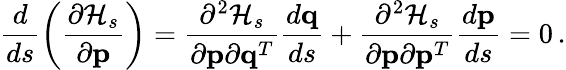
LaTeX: \frac{d}{ds}\left(\frac{\partial{\cal H}_{s}}{\partial{\mathbf p}}\right)=\frac{\partial^{2}{\cal H}_{s}}{\partial{\mathbf p}\partial{\mathbf q}^{T}}\frac{d{\mathbf q}}{ds}+\frac{\partial^{2}{\cal H}_{s}}{\partial{\mathbf p}\partial{\mathbf p}^{T}}\frac{d{\mathbf p}}{ds}=0\, .